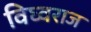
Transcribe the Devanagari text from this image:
विघ्वराज